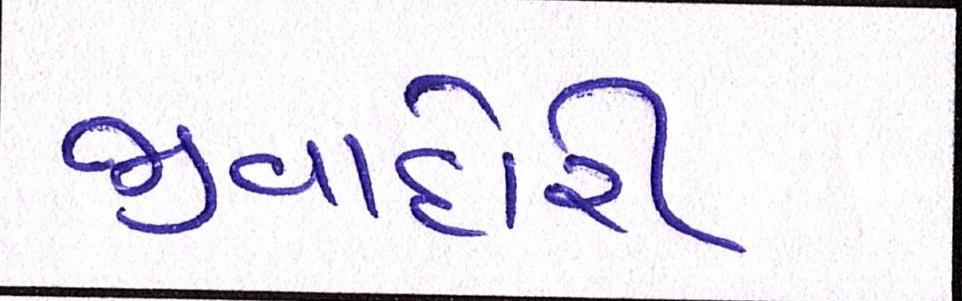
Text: જીવાદોરી